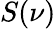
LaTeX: S(\nu)